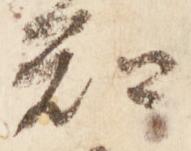
知